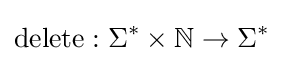
\operatorname {delete} :\Sigma ^{*}\times \mathbb {N} \rightarrow \Sigma ^{*}